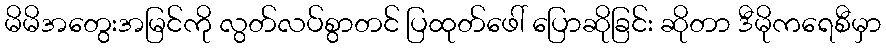
မိမိအတွေးအမြင်ကို လွတ်လပ်စွာတင် ပြထုတ်ဖေါ် ပြောဆိုခြင်း ဆိုတာ ဒီမိုကရေစီမှာ